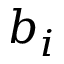
b _ { i }